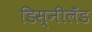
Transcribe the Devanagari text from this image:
डिस्नीलँड